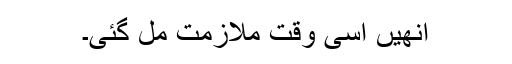
انھیں اُسی وقت ملازمت مل گئی۔